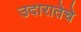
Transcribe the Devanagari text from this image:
उदारातेचे